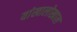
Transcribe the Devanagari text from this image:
यांखालोखाल